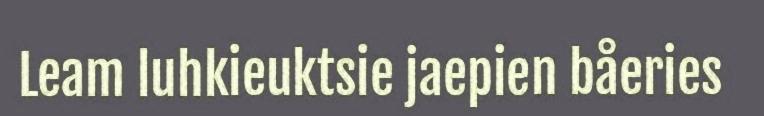
Leam luhkieuktsie jaepien båeries